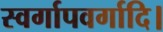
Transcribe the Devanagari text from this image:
स्वर्गापवर्गादि।